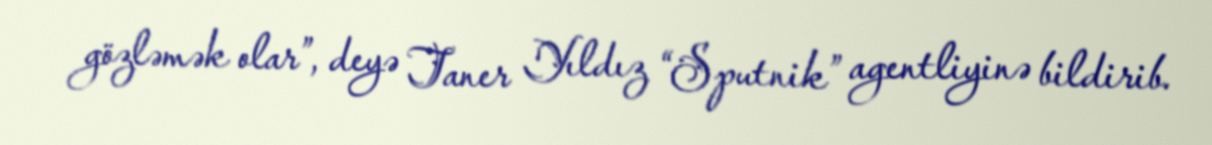
gözləmək olar”, deyə Taner Yıldız “Sputnik” agentliyinə bildirib.